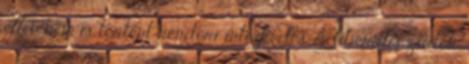
ellen nem is történt rendőri intézkedés A liberális zsidók